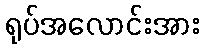
ရုပ်အလောင်းအား